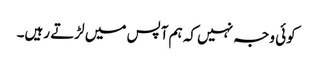
کوئی وجہ نہیں کہ ہم آپس میں لڑتے رہیں۔